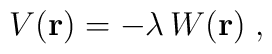
V({\bf r})= - \lambda  \,  W({\bf r})\;  ,